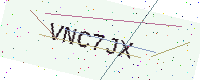
Text: VNC7JX